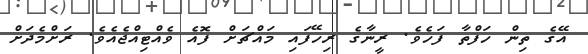
އޭގެ ތިން ހަފްތާ ފަހެވެ. ރީނާގެ ރިހޭފައި މައްޗަށް ފޮއެ ވެއްޓިއްޖެއެވެ. ރަށްމެދަށް